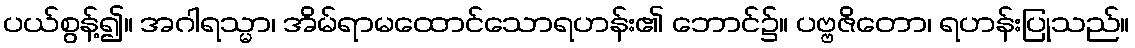
ပယ်စွန့်၍။ အဂါရသ္မာ၊ အိမ်ရာမထောင်သောရဟန်း၏ ဘောင်၌။ ပဗ္ဗဇိတော၊ ရဟန်းပြုသည်။